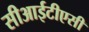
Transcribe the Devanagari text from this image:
सीआईटीएसी